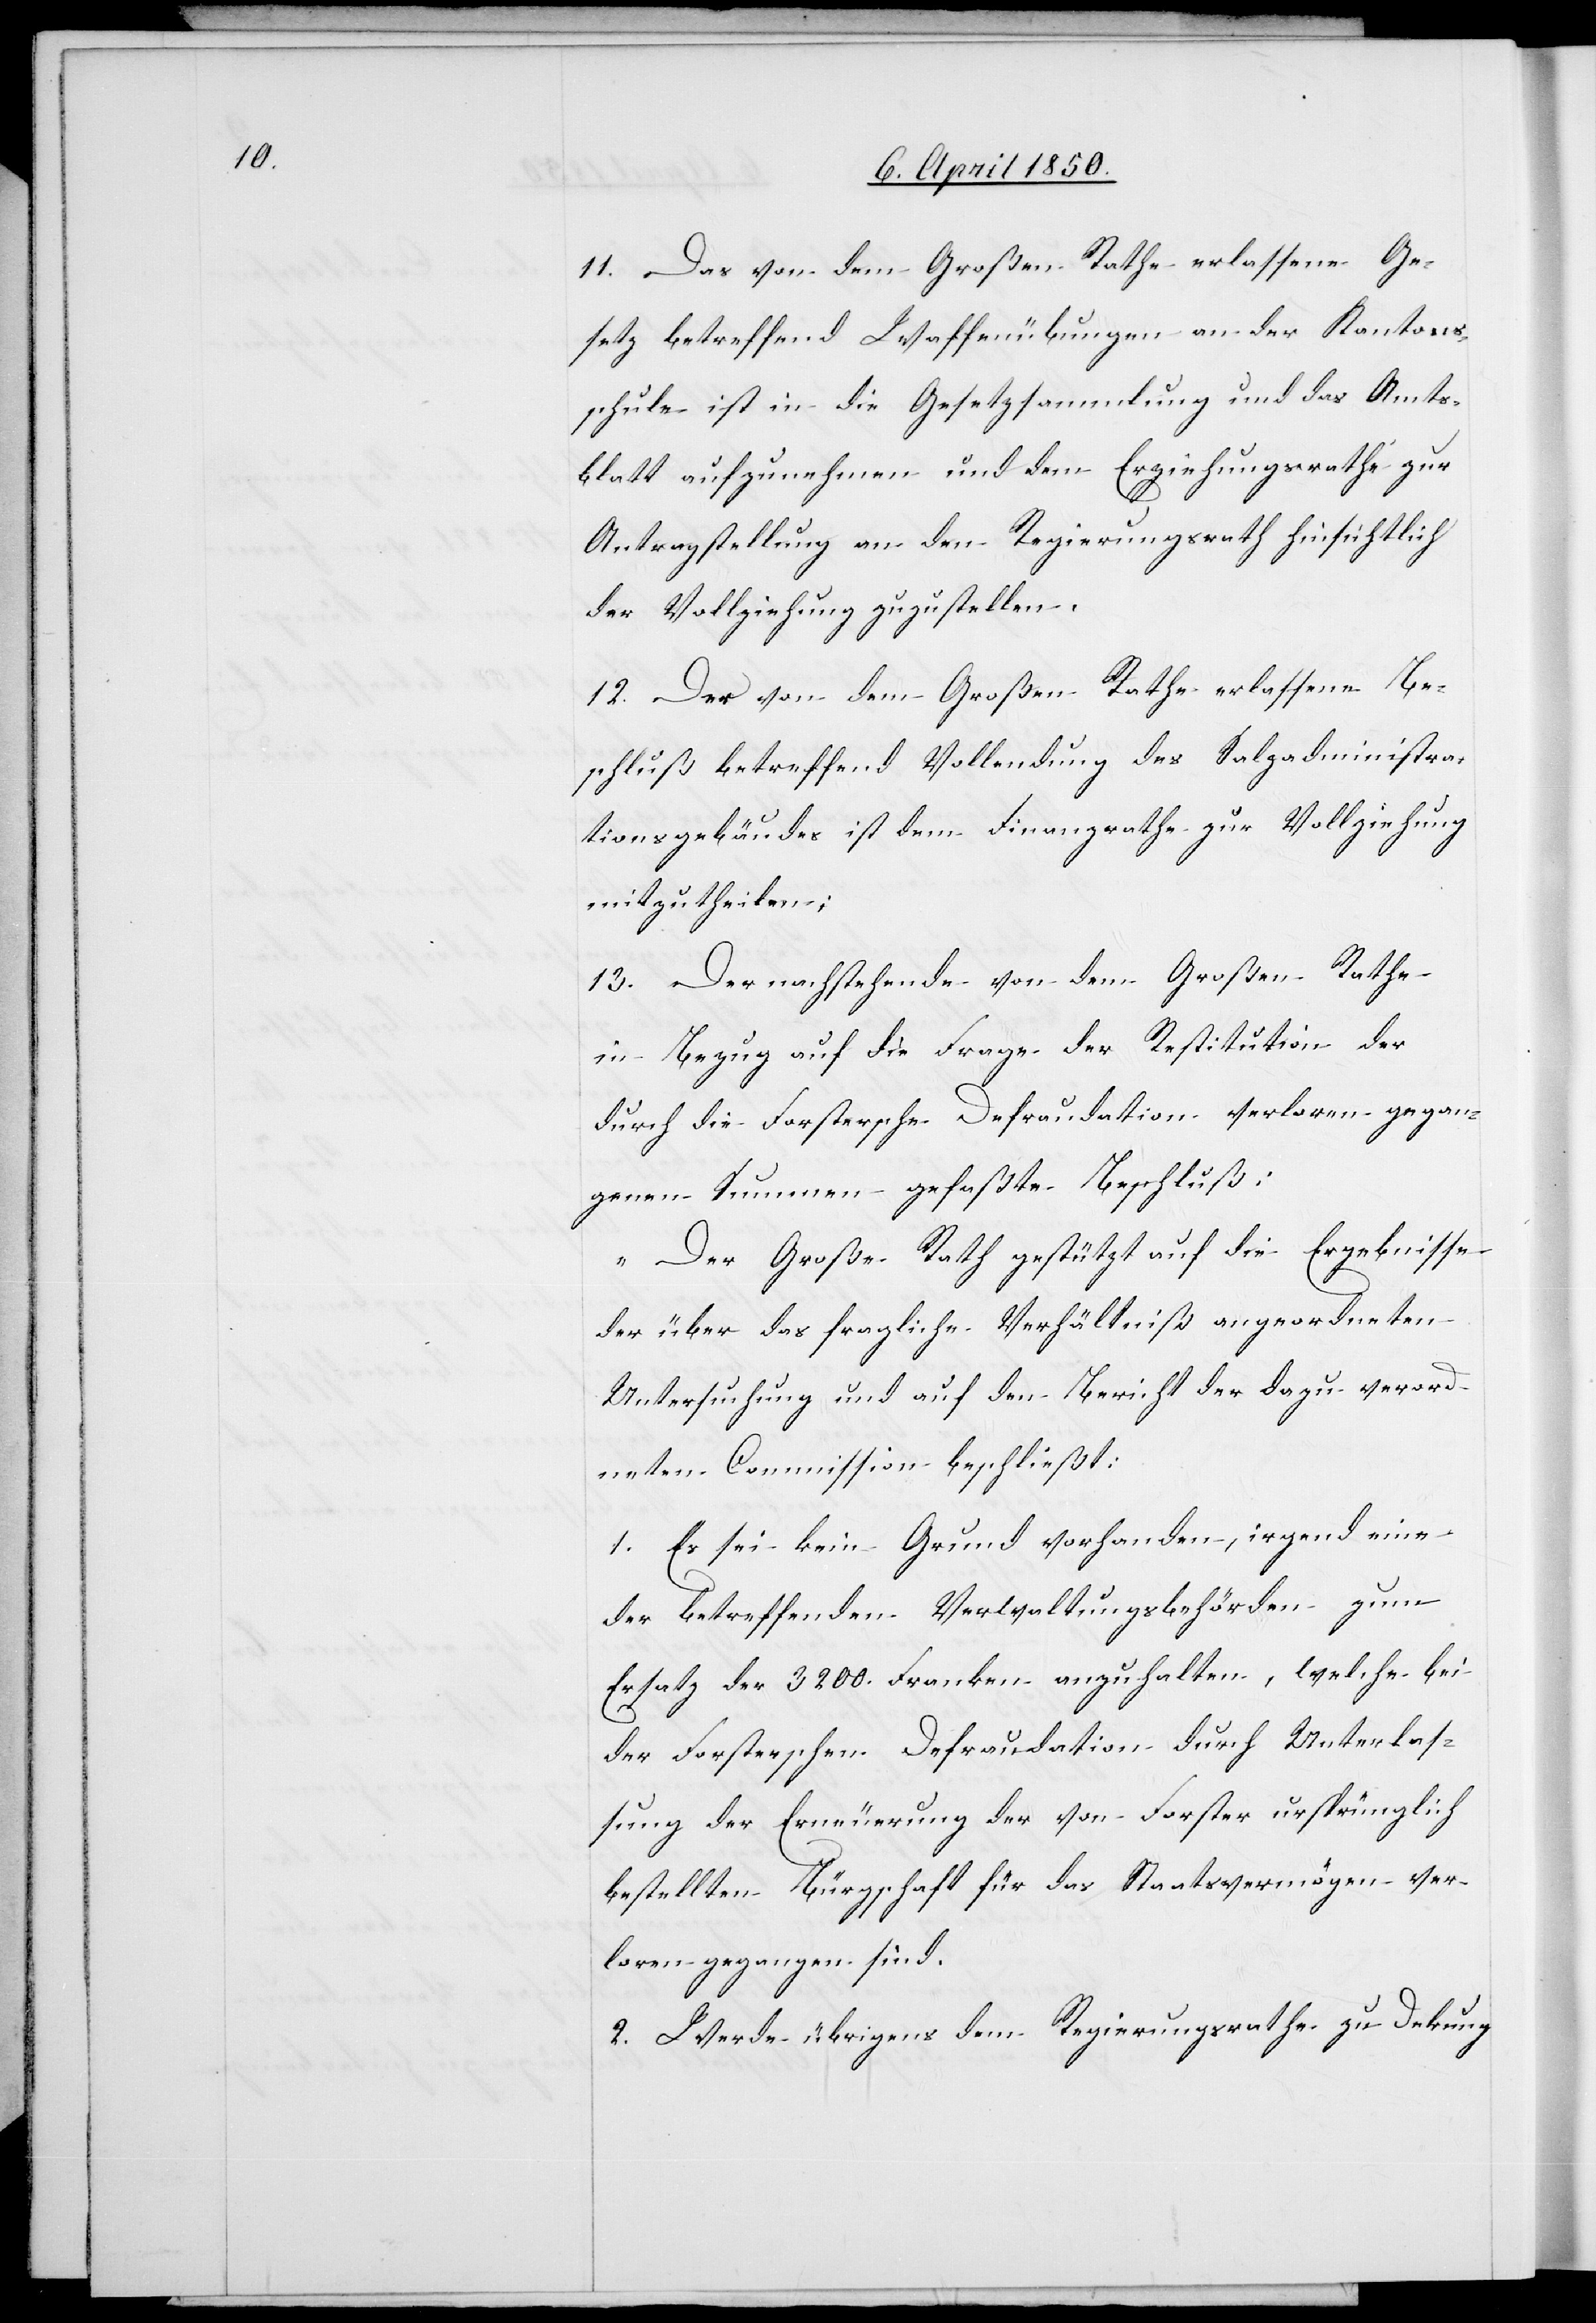
11. Das von dem Großen Rathe erlassene Ge¬
setz betreffend Waffenübungen an der Kantons¬
schule ist in die Gesetzsammlung und das Amts¬
blatt aufzunehmen und dem Erziehungsrathe zur
Antragstellung an den Regierungsrath hinsichtlich
der Vollziehung zuzustellen.
12. Der von dem Großen Rathe erlassene Be¬
schluß betreffend Vollendung des Salzadministra¬
tionsgebäudes ist dem Finanzrathe zur Vollziehung
mitzutheilen;
13. Der nachstehende von dem Großen Rathe
in Bezug auf die Frage der Restitution der
durch die Forstersche Defraudation verloren gegan¬
genen Summen gefaßte Beschluß:
„Der Große Rath gestützt auf die Ergebnisse
der über das fragliche Verhältniß angeordneten
Untersuchung und auf den Bericht der dazu verord¬
neten Commission beschließt:
1. Es sei kein Grund vorhanden, irgend eine
der betreffenden Verwaltungsbehörden zum
Ersatz der 3200. Franken anzuhalten, welche bei
der Forsterschen Defraudation durch Unterlas¬
sung der Erneuerung der von Forster ursprünglich
bestellten Bürgschaft für das Staatsvermögen ver¬
loren gegangen sind.
2. Werde übrigens dem Regierungsrathe zu Dekung